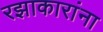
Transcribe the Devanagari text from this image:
रझाकारांना